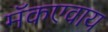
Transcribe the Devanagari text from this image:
मॅकएवाय